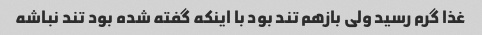
غذا گرم رسید ولی بازهم تند بود با اینکه گفته شده بود تند نباشه